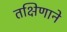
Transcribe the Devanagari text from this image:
तक्षिणाने